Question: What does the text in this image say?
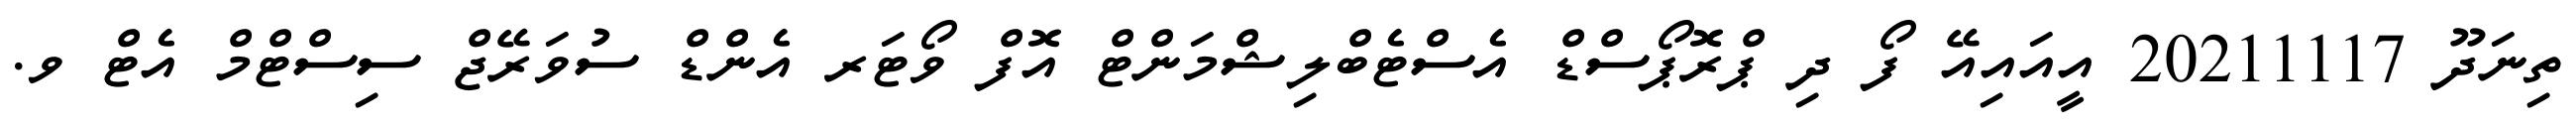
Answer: ތިނަދޫ 20211117 އީއައިއޭ ފޯ ދި ޕްރޮޕޯސްޑް އެސްޓެބްލިޝްމަންޓް އޮފް ވޯޓަރ އެންޑް ސުވަރޭޖް ސިސްޓްމް އެޓް ވ.